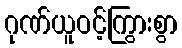
ဂုဏ်ယူဝင့်ကြွားစွာ